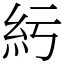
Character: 䊸